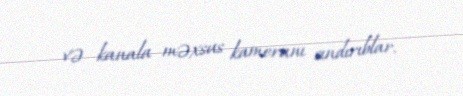
və kanala məxsus kameranı sındırıblar.